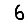
Digit: 6